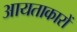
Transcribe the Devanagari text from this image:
आयताकारों